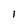
Character: I